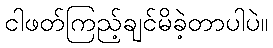
ငါဖတ်ကြည့်ချင်မိခဲ့တာပါပဲ။